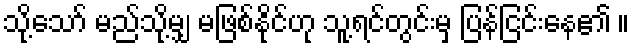
သို့သော် မည်သို့မျှ မဖြစ်နိုင်ဟု သူ့ရင်တွင်းမှ ပြန်ငြင်းနေ၏ ။